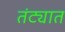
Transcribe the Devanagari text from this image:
तंट्यात